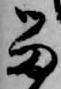
留